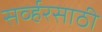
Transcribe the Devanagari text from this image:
सर्व्हरसाठी